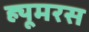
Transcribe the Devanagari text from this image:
ह्यूमरस